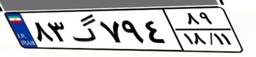
۸۳گ۷۹۴۸۹